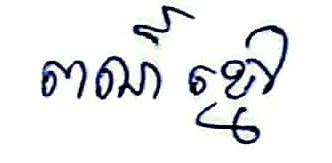
ពណ៍ខ្មៅ